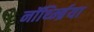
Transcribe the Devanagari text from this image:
नॉर्थ्म्ब्रिया